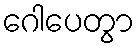
ဂေါပေတွာ